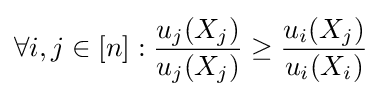
\forall i,j\in [n]:{u_{j}(X_{j}) \over u_{j}(X_{j})}\geq {u_{i}(X_{j}) \over u_{i}(X_{i})}